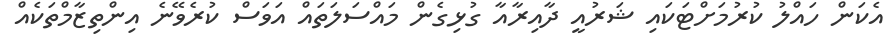
އެކަން ހައްލު ކުރުމަށްޓަކައި ޝަރުއީ ދާއިރާއާ ގުޅިގެން މައްސަލަތައް އަވަސް ކުރެވޭނެ އިންތިޒާމްތަކެއް